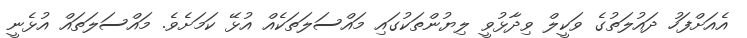
އެއަށްފަހު ދައުލަތުގެ ވަކީލް ވިދާޅުވީ ލިޔުންތަކުގައި މައްސަލަތަކެއް އުޅޭ ކަމަށެވެ. މައްސަލަތައް އުޅެނީ